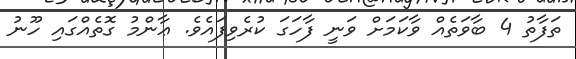
ތަފާތު 4 ބާވަތެއް ވާކަމަށް ވަނީ ފާހަގަ ކުރެވިފައެވެ. ޢާންމު ގޮތެއްގައި ހޫނު